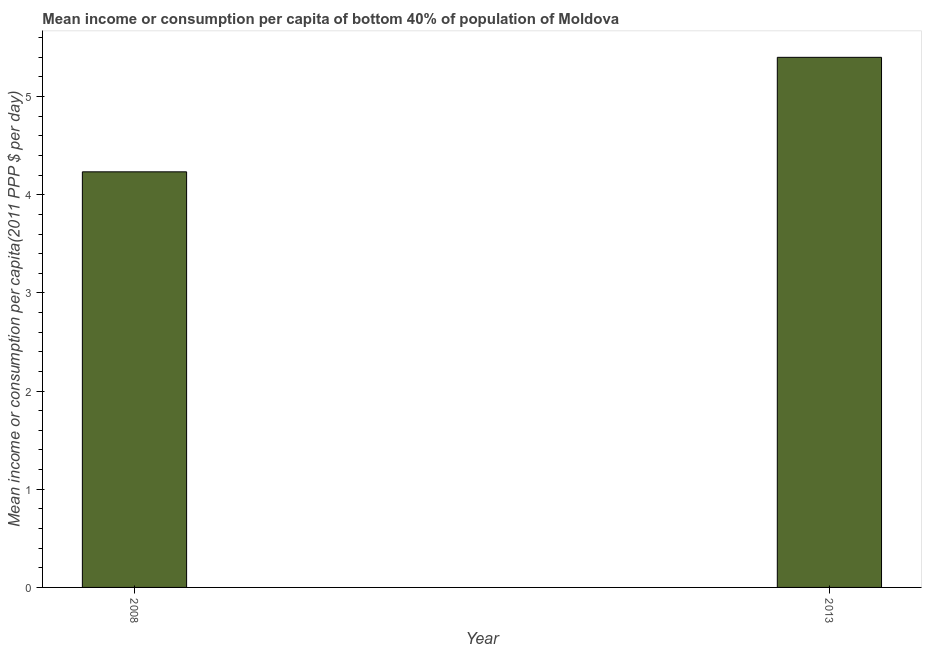
| Year | Bottom 40percent |
 | --- | --- |
 | 2008 | 4.23 |
 | 2013 | 5.4 |